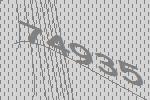
74935